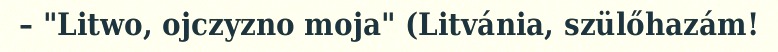
– "Litwo, ojczyzno moja" (Litvánia, szülőhazám!